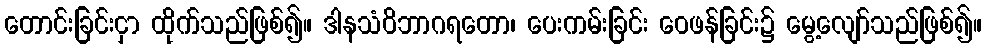
တောင်းခြင်းငှာ ထိုက်သည်ဖြစ်၍။ ဒါနသံဝိဘာဂရတော၊ ပေးကမ်းခြင်း ဝေဖန်ခြင်း၌ မွေ့လျော်သည်ဖြစ်၍။